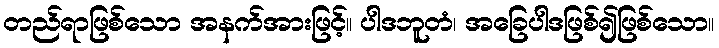
တည်ရာဖြစ်သော အနက်အားဖြင့်။ ပါဒဘူတံ၊ အခြေပါဒဖြစ်၍ဖြစ်သော။